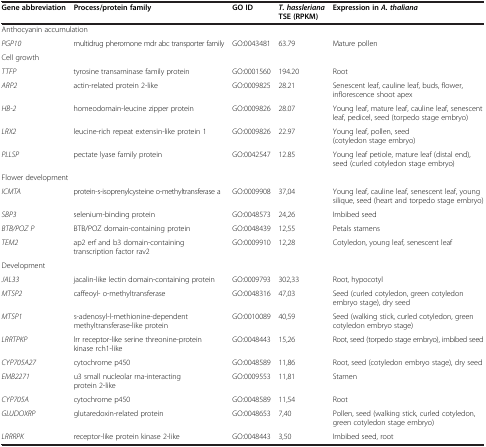
<table><thead><tr><td><b>Gene abbreviation</b></td><td><b>Process/protein family</b></td><td><b>GO ID</b></td><td><b><i>T. hassleriana </i>TSE (RPKM)</b></td><td><b>Expression in <i>A. thaliana</i></b></td></tr></thead><tbody><tr><td colspan="5">Anthocyanin accumulation</td></tr><tr><td><i>PGP10</i></td><td>multidrug pheromone mdr abc transporter family</td><td>GO:0043481</td><td>63.79</td><td>Mature pollen</td></tr><tr><td colspan="5">Cell growth</td></tr><tr><td><i>TTFP</i></td><td>tyrosine transaminase family protein</td><td>GO:0001560</td><td>194.20</td><td>Root</td></tr><tr><td><i>ARP2</i></td><td>actin-related protein 2-like</td><td>GO:0009825</td><td>28.21</td><td>Senescent leaf, cauline leaf, buds, flower, inflorescence shoot apex</td></tr><tr><td><i>HB-2</i></td><td>homeodomain-leucine zipper protein</td><td>GO:0009826</td><td>28.07</td><td>Young leaf, mature leaf, cauline leaf, senescent leaf, pedicel, seed (torpedo stage embryo)</td></tr><tr><td><i>LRX2</i></td><td>leucine-rich repeat extensin-like protein 1</td><td>GO:0009826</td><td>22.97</td><td>Young leaf, pollen, seed (cotyledon stage embryo)</td></tr><tr><td><i>PLLSP</i></td><td>pectate lyase family protein</td><td>GO:0042547</td><td>12.85</td><td>Young leaf petiole, mature leaf (distal end), seed (curled cotyledon stage embryo)</td></tr><tr><td colspan="5">Flower development</td></tr><tr><td><i>ICMTA</i></td><td>protein-s-isoprenylcysteine o-methyltransferase a</td><td>GO:0009908</td><td>37,04</td><td>Young leaf, cauline leaf, senescent leaf, young silique, seed (heart and torpedo stage embryo)</td></tr><tr><td><i>SBP3</i></td><td>selenium-binding protein</td><td>GO:0048573</td><td>24,26</td><td>Imbibed seed</td></tr><tr><td><i>BTB/POZ P</i></td><td>BTB/POZ domain-containing protein</td><td>GO:0048439</td><td>12,55</td><td>Petals stamens</td></tr><tr><td><i>TEM2</i></td><td>ap2 erf and b3 domain-containing transcription factor rav2</td><td>GO:0009910</td><td>12,28</td><td>Cotyledon, young leaf, senescent leaf</td></tr><tr><td colspan="5">Development</td></tr><tr><td><i>JAL33</i></td><td>jacalin-like lectin domain-containing protein</td><td>GO:0009793</td><td>302,33</td><td>Root, hypocotyl</td></tr><tr><td><i>MTSP2</i></td><td>caffeoyl- o-methyltransferase</td><td>GO:0048316</td><td>47,03</td><td>Seed (curled cotyledon, green cotyledon embryo stage), dry seed</td></tr><tr><td><i>MTSP1</i></td><td>s-adenosyl-l-methionine-dependent methyltransferase-like protein</td><td>GO:0010089</td><td>40,59</td><td>Seed (walking stick, curled cotyledon, green cotyledon embryo stage)</td></tr><tr><td><i>LRRTPKP</i></td><td>lrr receptor-like serine threonine-protein kinase rch1-like</td><td>GO:0048443</td><td>15,26</td><td>Root, seed (torpedo stage embryo), imbibed seed</td></tr><tr><td><i>CYP705A27</i></td><td>cytochrome p450</td><td>GO:0048589</td><td>11,86</td><td>Root, seed (cotyledon embryo stage), dry seed</td></tr><tr><td><i>EMB2271</i></td><td>u3 small nucleolar rna-interacting protein 2-like</td><td>GO:0009553</td><td>11,81</td><td>Stamen</td></tr><tr><td><i>CYP705A</i></td><td>cytochrome p450</td><td>GO:0048589</td><td>11,54</td><td>Root</td></tr><tr><td><i>GLUDOXRP</i></td><td>glutaredoxin-related protein</td><td>GO:0048653</td><td>7,40</td><td>Pollen, seed (walking stick, curled cotyledon, green cotyledon stage embryo)</td></tr><tr><td><i>LRRRPK</i></td><td>receptor-like protein kinase 2-like</td><td>GO:0048443</td><td>3,50</td><td>Imbibed seed, root</td></tr></tbody></table>